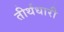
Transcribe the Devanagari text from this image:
तीर्थधारी